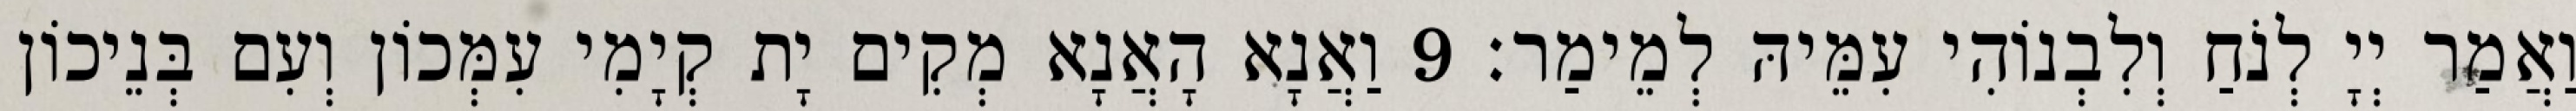
וַאֲמַר יְיָ לְנֹחַ וְלִבְנוֹהִי עִמֵּיהּ לְמֵימַר׃ 9 וַאֲנָא הָאֲנָא מְקִים יָת קְיָמִי עִמְּכוֹן וְעִם בְּנֵיכוֹן